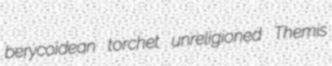
berycoidean torchet unreligioned Themis